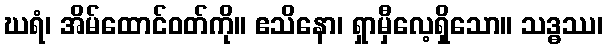
ဃရံ၊ အိမ်ထောင်ဝတ်ကို။ ဧသိနော၊ ရှာမှီလေ့ရှိသော။ သဒ္ဓဿ၊